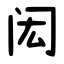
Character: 闳